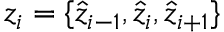
z _ { i } = \{ \hat { z } _ { i - 1 } , \hat { z } _ { i } , \hat { z } _ { i + 1 } \}